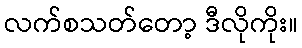
လက်စသတ်တော့ ဒီလိုကိုး။